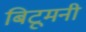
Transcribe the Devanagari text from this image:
बिटूमनी